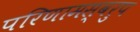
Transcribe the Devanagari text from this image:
परिणामस्‍वरुप